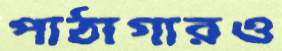
পাঠাগারও